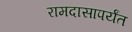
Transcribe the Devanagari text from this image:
रामदासापर्यंत